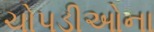
ચોપડીઓના